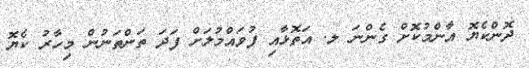
ދޮންކެޔޮ އާންމުކޮށް ގެންނަ ލ. އަތޮޅާއި ފުވައްމުލަށް ފަދަ ތަންތަނުން މިހާރު ކެޔޮ